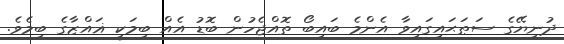
ދުނިޔޭގެ ސަޠަޙައިގައިވާ އެންމެ ބައިބޯ ތޮއްޖެހުން ބޮޑު އެއް ބިމަކީ ޣައްޒާގެ ބިމެވެ.